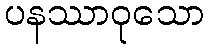
ပနဿာဝုသော